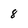
Character: 8